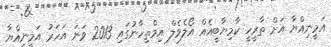
އަމީނިއްޔާ އަށް ތާރީހީ ކާމިޔާބީއެއް އޯލެވެލް އިމްތިހާނުގައި 2013 ވަނަ އަހަރު އަމީނިއްޔާ